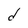
Character: d